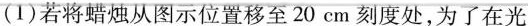
（1）若将蜡烛从图示位置移至20cm刻度处，为了在光